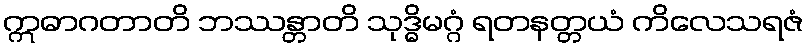
ဣဓာဂတာတိ ဘဿန္တာတိ သုဒ္ဓိမဂ္ဂံ ရတနတ္တယံ ကိလေသရဇံ